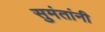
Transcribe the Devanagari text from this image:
सुमंतांनी